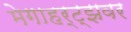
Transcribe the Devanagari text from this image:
मेगाहर्ट्‌झवर